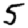
Digit: 5